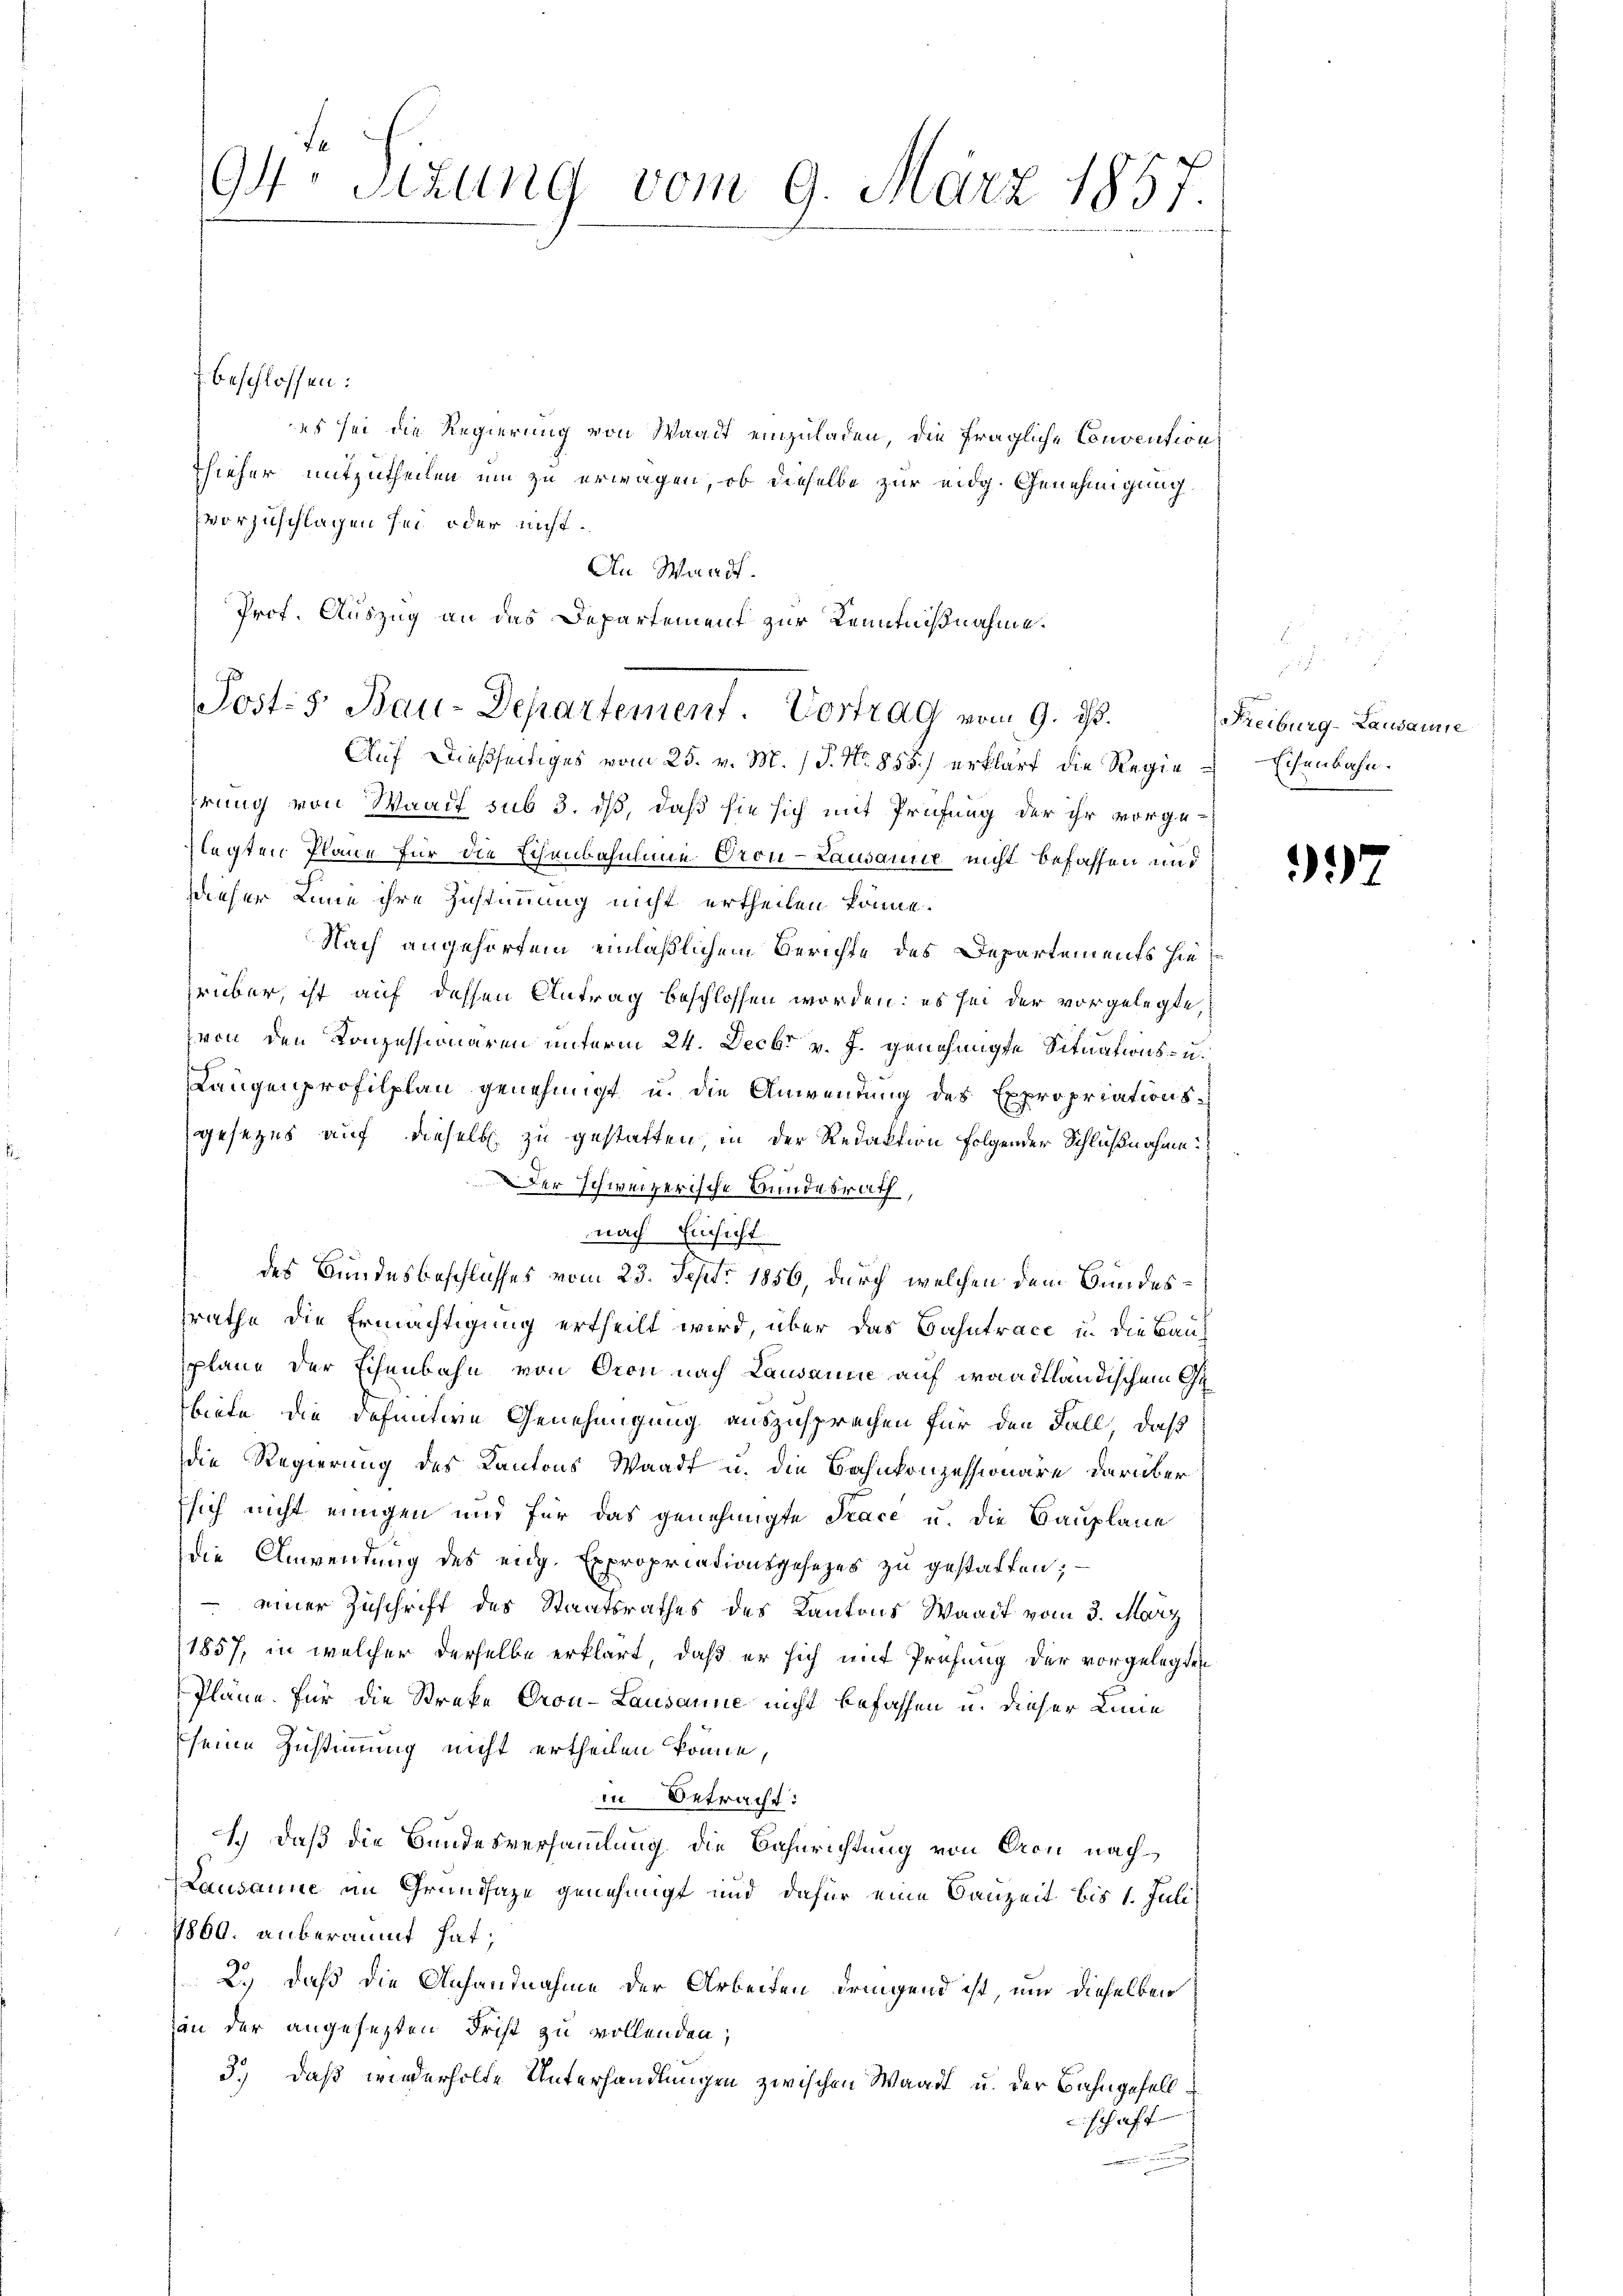
94. Sizung vom 9. März 1857.

beschlossen:
es sei die Regierung von Waadt einzuladen, die fragliche Convention
Thieher mitzutheilen um zu erwagen, ob dieselbe zur eidg. Genehmigung
vorzuschlagen sei oder nicht.
An Waadt.
Prof. Auszug an das Departement zur Kenntnißnahme.

Jost: 5. Bau-Departement. Vortrag vom 9. d.

Auf dießseitiges vom 25. v. M. P. Nr. 858) erklärt die Regie-Eisenbahn.
irung von Waadt sub 3. iß, daß sie sich mit Prüfung der ihr vorgeflegten Pläne für die Echenbahnline Oron-Lausanne nicht befassen und
dieser Linie ihre Zustimmung nicht ertheilen könne.
Nach angehörtem einläßlichem Berichte des Departements hierüber, ist auf dessen Antrag beschlossen worden; es sei der vorgelegte,
von den Konzessionären unterm 24. Decbr v. J. genehmigte Situations- u.
Langenprofilplan genehmigt u. die Anwendung des Expropriationsgesezes auf dieselb zu gestatten in der Redaktion folgender Schlußnahme
Der schweizerische Bundesrath,
nach Einsicht.
des Bundesbeschlusses vom 23. Sept. 1856, durch welchen dem Bundessrathe die Ermächtigung ertheilt wird, über das Bahntrace in die Bauplane der Schenbahn von Oeon nach Lausanne auf waadtländischem Gebiete die defuntive Genehmigung auszusprechen für den Fall, daß
die Regierung des Kantons Waadt u. die Bahnkonzessionäre darüber
sich nicht einigen und für das genehmigte Trace u. die Bauplane
die Anwendung des eidg. Expropriationsgesezes zu gestatten;
 einer Zuschrift des Staatsrathes des Kantons Waadt vom 3. März
1857, in welcher derselbe erklärt, daß er sich mit Prüfung der vorgelegten
Pläne. Für die Streke Gron-Lausanne nicht befassen u. dieser Linne
seine Zustimmung nicht ertheilen könne,
in Betracht:
sch) daß die Bundesversammlung die Bahnrichtung von Cron nach
Lausanne an Grundsaze genehmigt und dafür eine Bauzeit bis 1. Juli
1860. anberaumt hat,
2.) Daß die Anfandnahme der Arbeiten dringend ist, und dieselben
an der angesezten Frist zu vollenden,
3.) Daß wiederholte Unterhandlungen zwischen Waadt u. der Bahngesellschaft

Freiburg-Lausanne

3